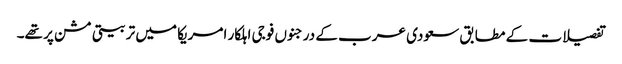
تفصیلات کے مطابق سعودی عرب کے درجنوں فوجی اہلکار امریکا میں تربیتی مشن پر تھے۔